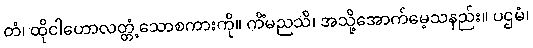
တံ၊ ထိုငါဟောလတ္တံ့သောစကားကို။ ကိံမညသိ၊ အသို့အောက်မေ့သနည်း။ ပဌမံ၊